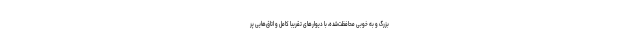
بزرگ و به خوبی محافظت‌شده، با دیوار‌های تقریباً کامل و اتاق‌هایی پر